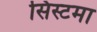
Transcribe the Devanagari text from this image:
सिस्टमा